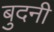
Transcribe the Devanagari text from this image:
बुदनी